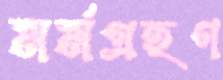
মর্মগ্রহণ